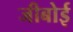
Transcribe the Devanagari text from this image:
जीबोई